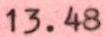
13.48